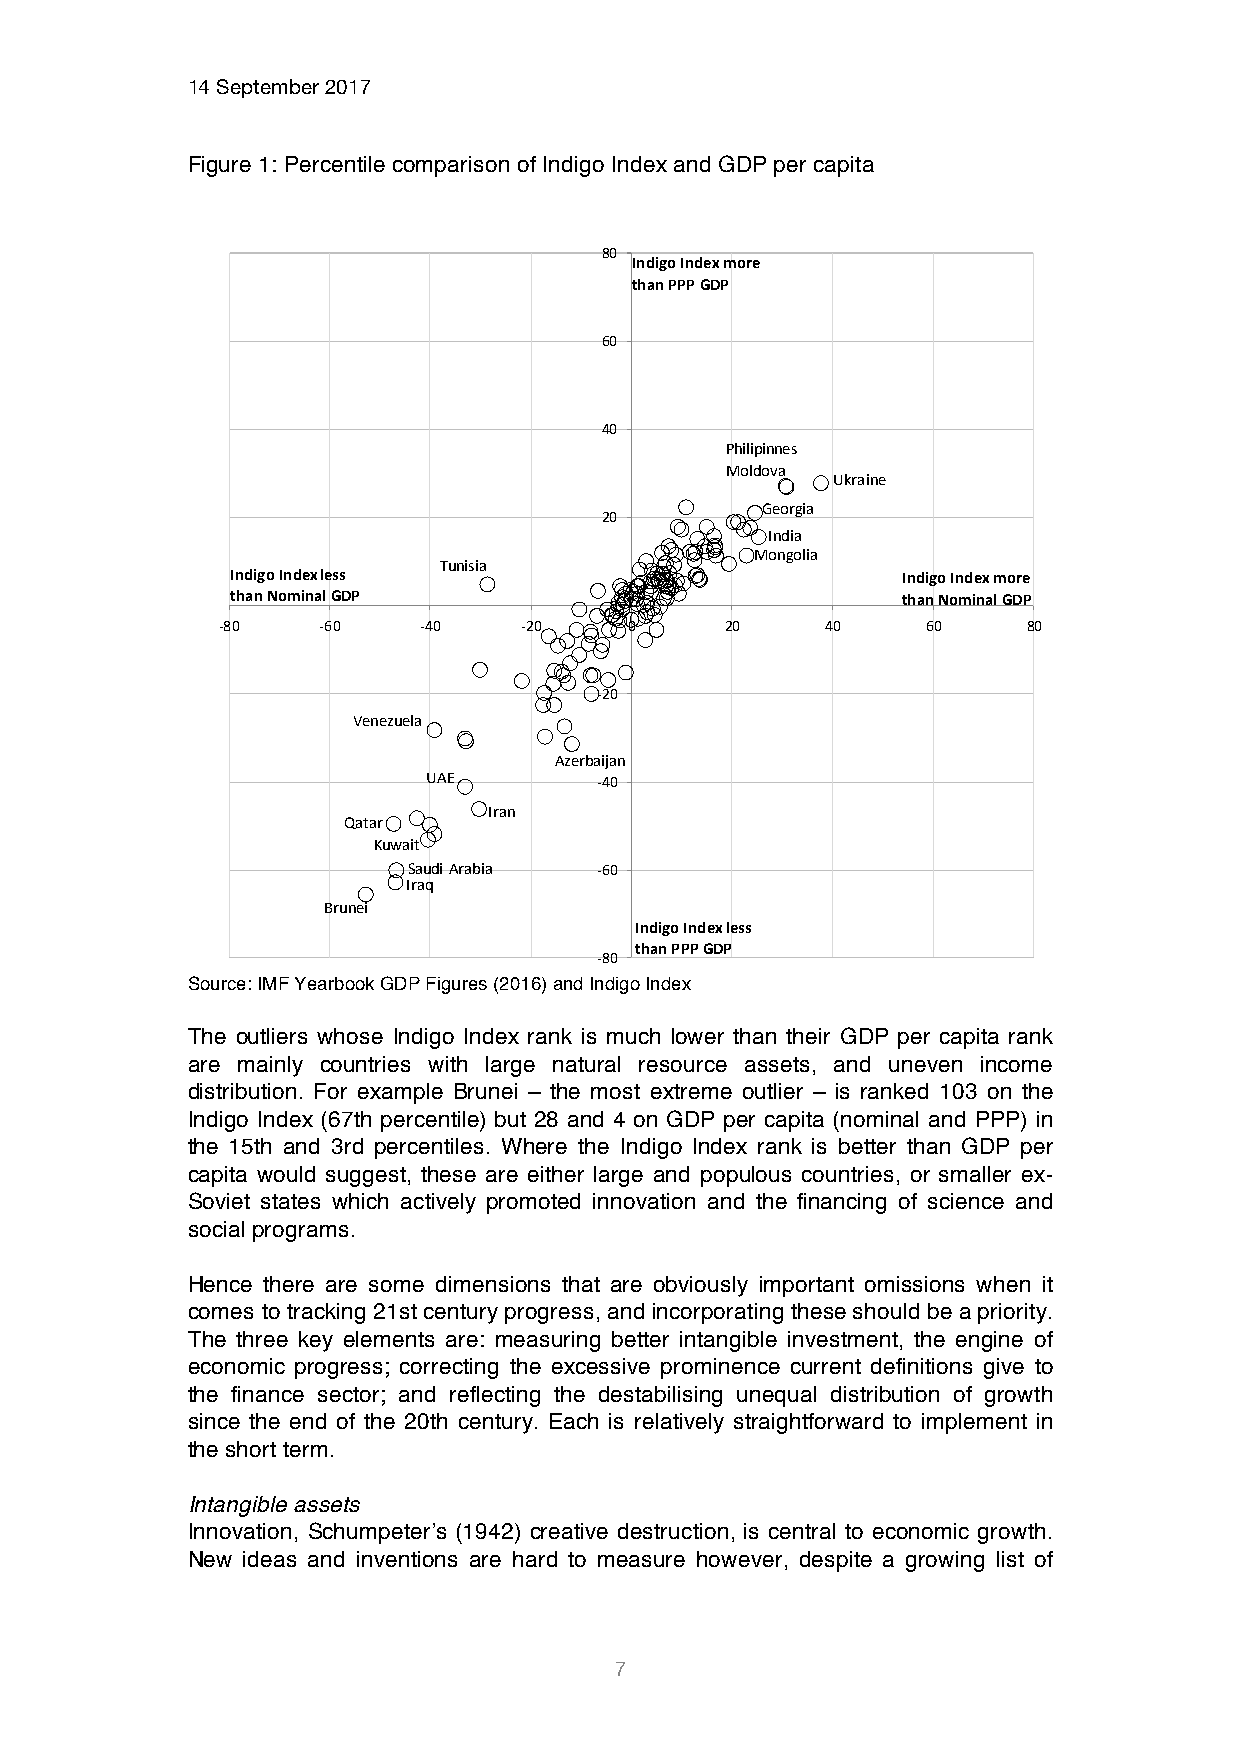
14 September 2017
 Figure 1: Percentile comparison of Indigo Index and GDP per capita
 80
 IndigoIndex more
 than PPPGDP
 60
 40
 Philipinnes
 Moldova
 Ukraine
 Georgia
 20
 India
 Mongolia
 Tunisia
 IndigoIndex less                             IndigoIndex more
 than Nominal GDP                             than Nominal GDP
 0
 -80    -60    -40   -20     0     20     40    60     80
 -20
 Venezuela
 Azerbaijan
 UAE        -40
 Iran
 Qatar
 Kuwait
 Saudi Arabia -60
 Iraq
 Brunei
 IndigoIndex less
 than PPP GDP
 -80
 Source: IMF Yearbook GDP Figures (2016) and Indigo Index
 The outliers whose Indigo Index rank is much lower than their GDP per capita rank
 are mainly countries with large natural resource assets, and uneven income
 distribution. For example Brunei – the most extreme outlier – is ranked 103 on the
 Indigo Index (67th percentile) but 28 and 4 on GDP per capita (nominal and PPP) in
 the 15th and 3rd percentiles. Where the Indigo Index rank is better than GDP per
 capita would suggest, these are either large and populous countries, or smaller ex-
 Soviet states which actively promoted innovation and the financing of science and
 social programs.
 Hence there are some dimensions that are obviously important omissions when it
 comes to tracking 21st century progress, and incorporating these should be a priority.
 The three key elements are: measuring better intangible investment, the engine of
 economic progress; correcting the excessive prominence current definitions give to
 the finance sector; and reflecting the destabilising unequal distribution of growth
 since the end of the 20th century. Each is relatively straightforward to implement in
 the short term.
 Intangible assets
 Innovation, Schumpeter’s (1942) creative destruction, is central to economic growth.
 New ideas and inventions are hard to measure however, despite a growing list of
 7